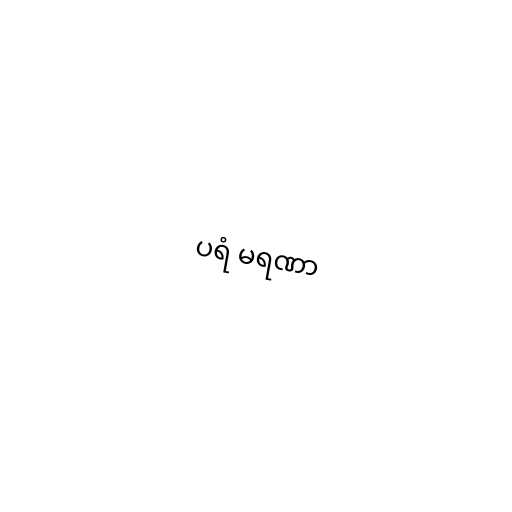
ပရံ မရဏာ